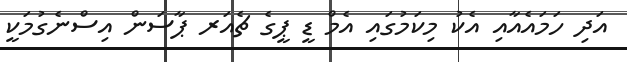
އަދި ހަމައެއާއި އެކު މިކަމުގައި އެމް ޑީ ޕީގެ ޗެއަރ ޕާސަން އިސްނެގުމަކީ